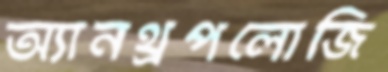
অ্যানথ্রপলোজি